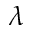
\lambda